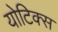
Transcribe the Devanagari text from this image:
योटिक्स